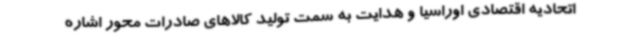
اتحادیه اقتصادی اوراسیا و هدایت به سمت تولید کالاهای صادرات محور اشاره